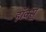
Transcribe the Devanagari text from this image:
हॉक्स्